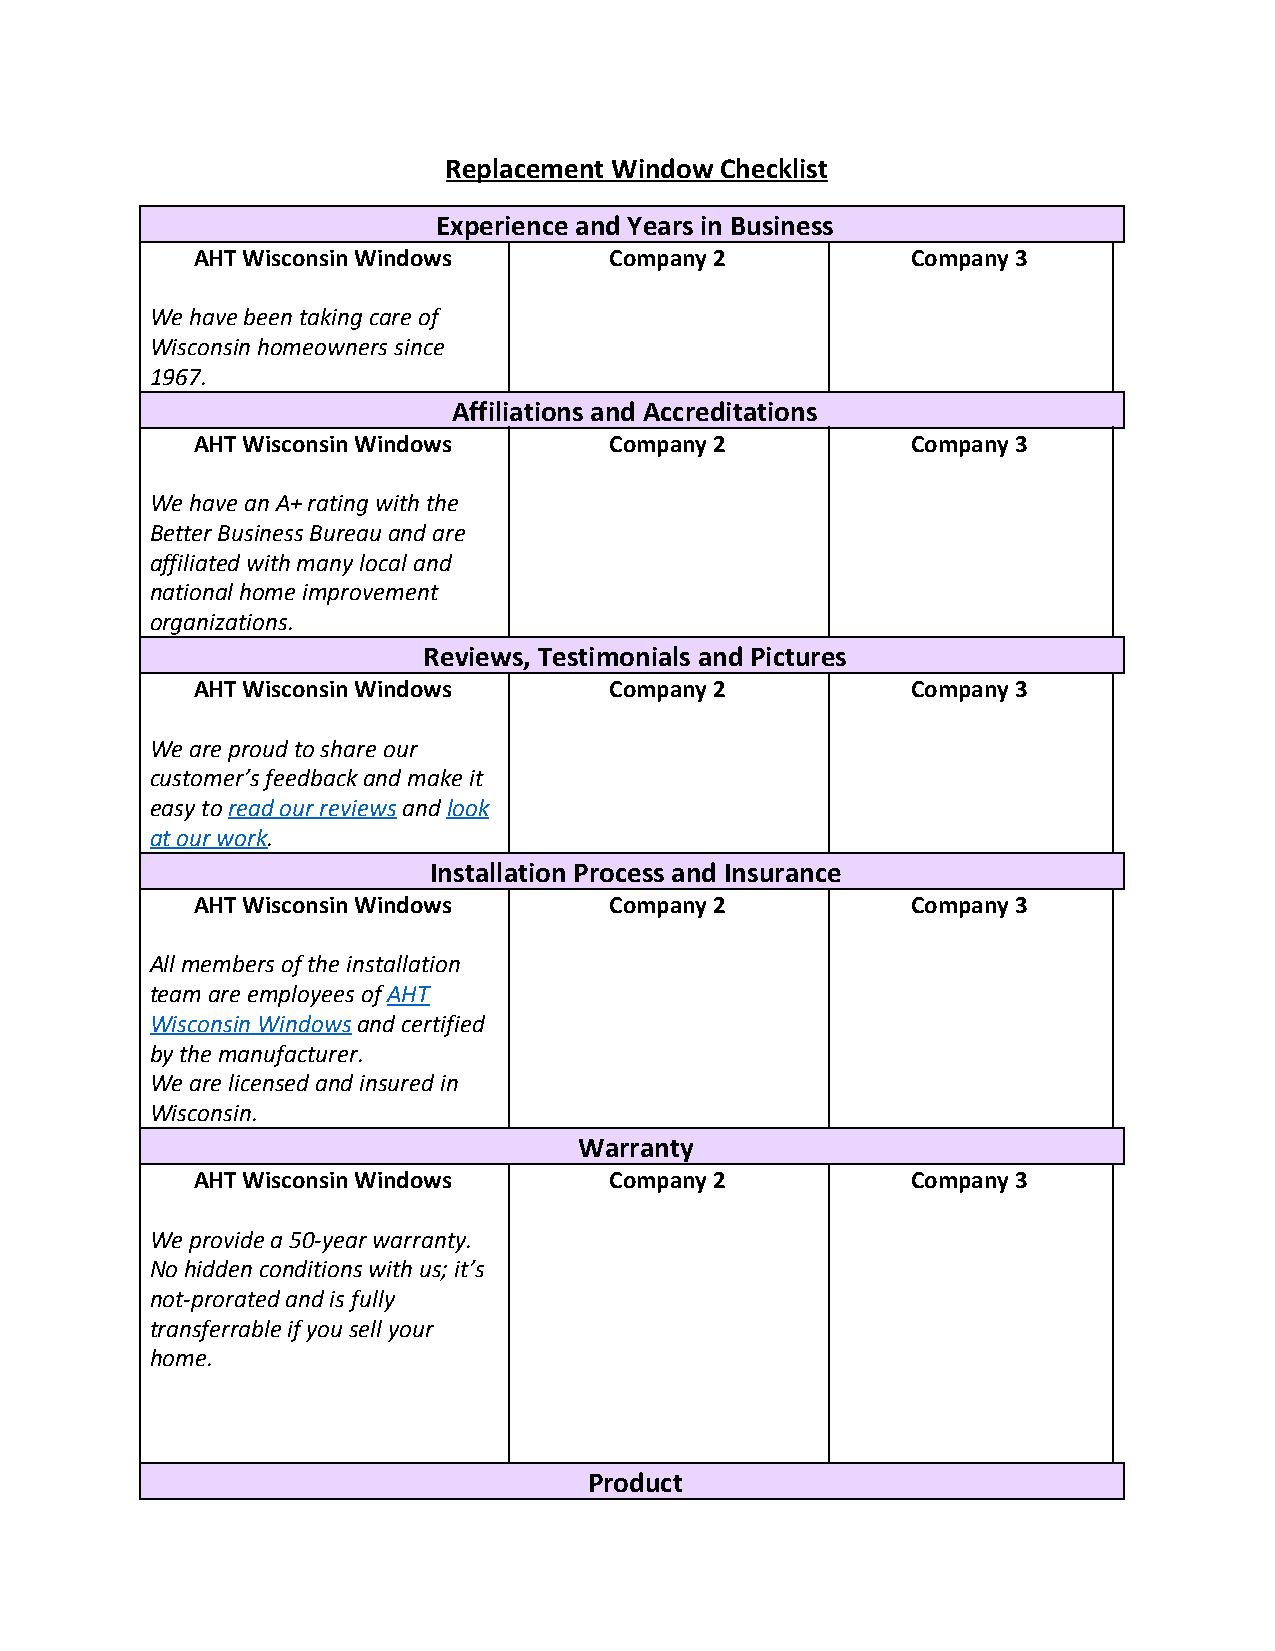
Replacement Window Checklist
 Experience and Years in Business
 AHT Wisconsin Windows      Company 2           Company 3
 We have been taking care of
 Wisconsin homeowners since
 1967.
 Affiliations and Accreditations
 AHT Wisconsin Windows      Company 2           Company 3
 We have an A+ rating with the
 Better Business Bureau and are
 affiliated with many local and
 national home improvement
 organizations.
 Reviews, Testimonials and Pictures
 AHT Wisconsin Windows      Company 2           Company 3
 We are proud to share our
 customer’s feedback and make it
 easy to read our reviews and look
 ​          ​  ​
 at our work.
 ​
 Installation Process and Insurance
 AHT Wisconsin Windows      Company 2           Company 3
 All members of the installation
 team are employees of AHT
 ​
 Wisconsin Windows and certified
 ​
 by the manufacturer.
 We are licensed and insured in
 Wisconsin.
 Warranty
 AHT Wisconsin Windows      Company 2           Company 3
 We provide a 50-year warranty.
 No hidden conditions with us; it’s
 not-prorated and is fully
 transferrable if you sell your
 home.
 Product